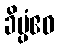
ခိပ္ပံဧဝ